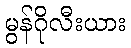
မွန်ဂိုလီးယား